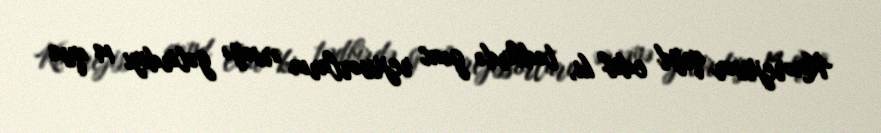
Kinorejissor qeyd edib ki, tədbirdə gənc rejissorların ərsəyə gətirdiyi 14 qısa